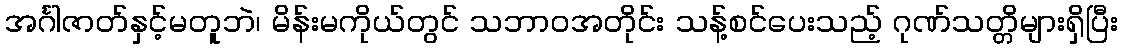
အင်္ဂါဇာတ်နှင့်မတူဘဲ၊ မိန်းမကိုယ်တွင် သဘာဝအတိုင်း သန့်စင်ပေးသည့် ဂုဏ်သတ္တိများရှိပြီး